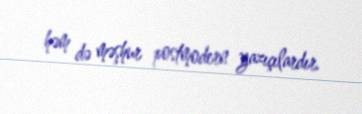
həm də məşhur postmodern yazıçılardır.